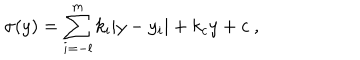
\sigma ( y ) = \sum _ { i = - l } ^ { m } k _ { i } | y - y _ { i } | + k _ { c } y + c ~ , ~ \,